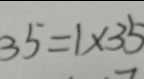
3 5 = 1 \times 3 5